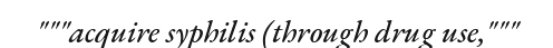
"""acquire syphilis (through drug use,"""